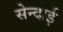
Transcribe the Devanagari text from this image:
सेन्दाई